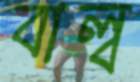
বাল্ব